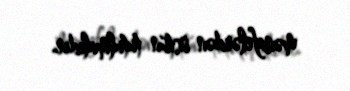
mənafelərdən üstün tutulmalıdır.